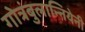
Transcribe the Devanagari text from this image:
गोत्रंबुलान्नियेनी